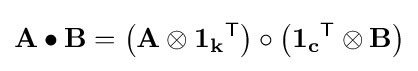
\mathbf {A} \bullet \mathbf {B} =\left(\mathbf {A} \otimes \mathbf {1_{k}} ^{\textsf {T}}\right)\circ \left(\mathbf {1_{c}} ^{\textsf {T}}\otimes \mathbf {B} \right)